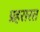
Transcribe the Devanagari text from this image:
प्रहरारत